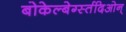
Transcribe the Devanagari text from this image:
बोकेल्बेर्ग्स्तदिओन्